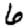
Digit: 6